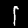
Label: 1